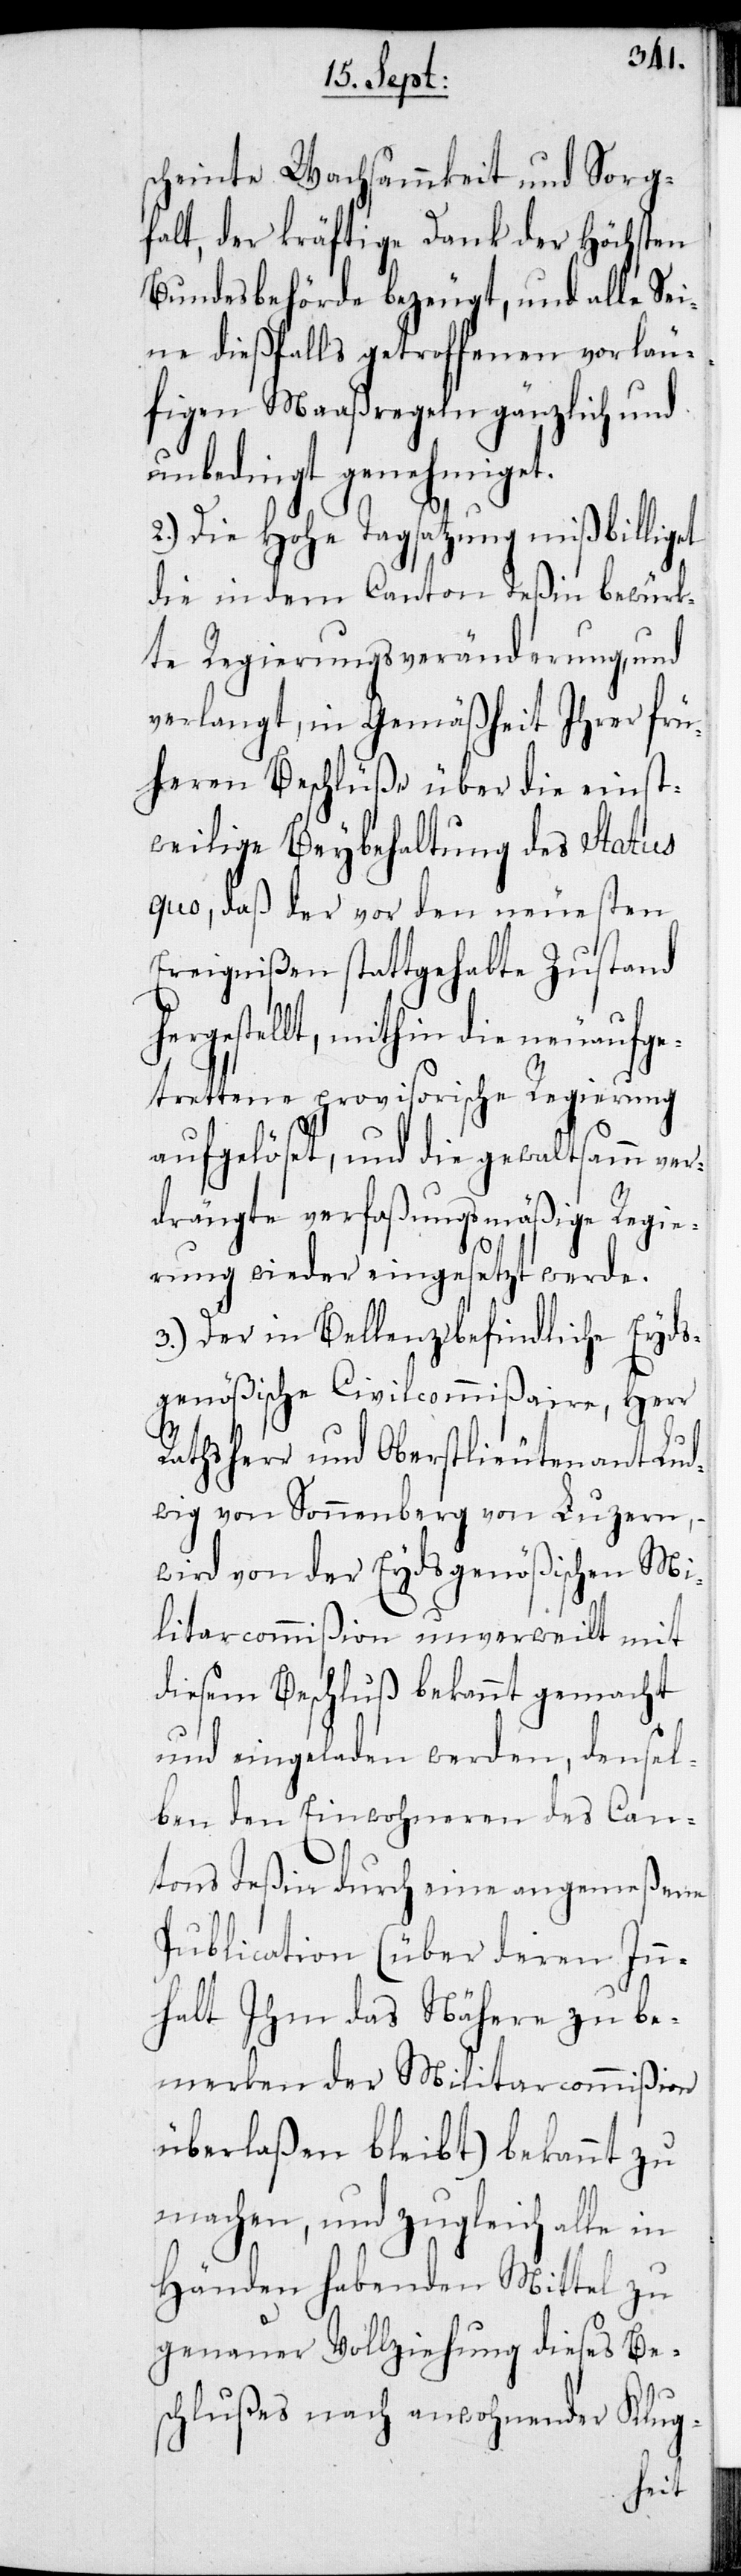
scheinte Wachsammkeit und Sorg¬
falt, der kräftige Dank der Höchsten
Bundesbehörde bezeugt, und alle Sei¬
ne dießfalls getroffenen vorläu¬
figen Maaßregeln gänzlich und
unbedingt genehmiget.
2.) Die Hohe Tagsatzung mißbilliget
die in dem Canton Teßin bewürk¬
te Regierungsveränderung, und
verlangt, in Gemäßheit Ihrer frü¬
heren Beschlüße über die einst¬
weilige Beybehaltung des status
quo, daß der vor den neuesten
Ereignißen stattgehabte Zustand
hergestellt, mithin die neuaufge¬
trettene provisorische Regierung
aufgelöst, und die gewaltsamm ver¬
drängte verfaßungsmäßige Regie¬
rung wieder eingesetzt werde.
3.) Der in Bellenz befindliche Eyds¬
genößische Civilcommißaire, Herr
Rathsherr und Oberstlieutenant Lud¬
wig von Sonnenberg von Luzern,
wird von der Eydsgenößischen Mi¬
litarcommißion unverweilt mit
diesem Beschluß bekannt gemacht
und eingeladen werden, densel¬
ben den Einwohneren des Can¬
tons Teßin durch eine angemeßene
Publication (über deren Inn¬
halte Ihm das Nähere zu be¬
merken der Militarcommißion
überlaßen bleibt) bekannt zu
machen, und zugleich alle in
Händen habenden Mittel zu
genauer Vollziehung dieses Bes¬
chlußes nach anwohnender Klug-